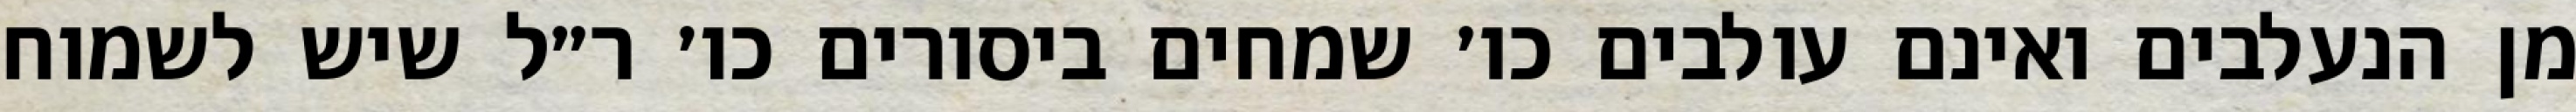
מן הנעלבים ואינם עולבים כו׳ שמחים ביסורים כו׳ ר״ל שיש לשמוח